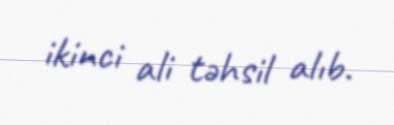
ikinci ali təhsil alıb.